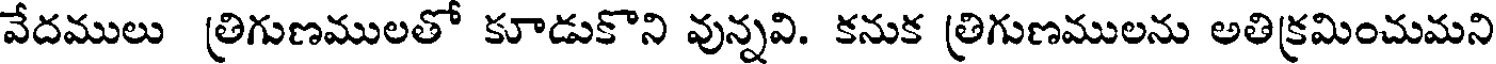
వేదములు త్రిగుణములతో కూడుకొని వున్నవి. కనుక త్రిగుణములను అతిక్రమించుమని